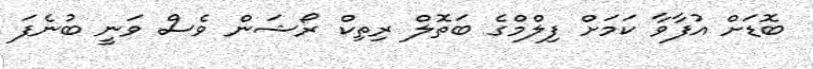
ބޮޑަށް އުފާވާ ކަމަށް ފިލްމްގެ ބަތޮލް ރިތިކް ރޯޝަން ވެސް ވަނީ ބުނެފަ